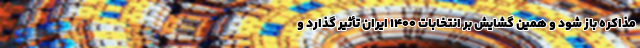
مذاکره باز شود و همین گشایش بر انتخابات 1400 ایران تأثیر گذارد و